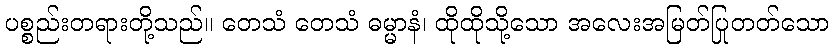
ပစ္စည်းတရားတို့သည်။ တေသံ တေသံ ဓမ္မာနံ၊ ထိုထိုသို့သော အလေးအမြတ်ပြုတတ်သော